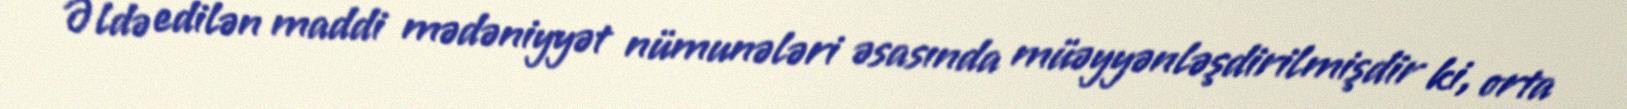
Əldə edilən maddi mədəniyyət nümunələri əsasında müəyyənləşdirilmişdir ki, orta